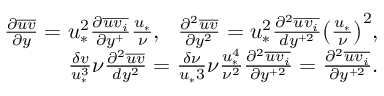
\begin{array} { r } { \frac { \partial \overline { { u v } } } { \partial y } = u _ { * } ^ { 2 } \frac { \partial \overline { { u v _ { i } } } } { \partial y ^ { + } } \frac { u _ { * } } { \nu } , \ \ \frac { \partial ^ { 2 } \overline { { u v } } } { \partial y ^ { 2 } } = u _ { * } ^ { 2 } \frac { \partial ^ { 2 } \overline { { u v _ { i } } } } { d y ^ { + 2 } } \big ( \frac { u _ { * } } { \nu } \big ) ^ { 2 } , } \\ { \frac { \delta v } { u _ { * } ^ { 3 } } \nu \frac { \partial ^ { 2 } \overline { { u v } } } { d y ^ { 2 } } = \frac { \delta \nu } { u _ { * } { 3 } } \nu \frac { u _ { * } ^ { 4 } } { \nu ^ { 2 } } \frac { \partial ^ { 2 } \overline { { u v _ { i } } } } { \partial y ^ { + 2 } } = \frac { \partial ^ { 2 } \overline { { u v _ { i } } } } { \partial y ^ { + 2 } } . } \end{array}